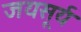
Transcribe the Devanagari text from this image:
जयसूर्य